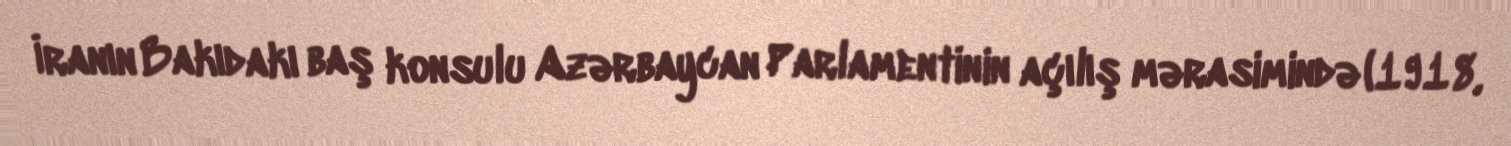
İranın Bakıdakı baş konsulu Azərbaycan Parlamentinin açılış mərasimində (1918,